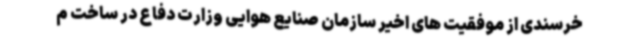
خرسندی از موفقیت های اخیر سازمان صنایع هوایی وزارت دفاع در ساخت م